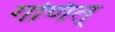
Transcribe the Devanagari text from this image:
गणित्